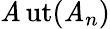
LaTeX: \operatorname{\mathit{A}ut}(\mathrm{{\mathit{A}}}_{n})